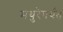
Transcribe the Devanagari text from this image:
मथुरेपर्यंत